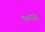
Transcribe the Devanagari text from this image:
७०१४